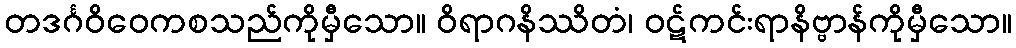
တဒင်္ဂဝိဝေကစသည်ကိုမှီသော။ ဝိရာဂနိဿိတံ၊ ဝဋ်ကင်းရာနိဗ္ဗာန်ကိုမှီသော။